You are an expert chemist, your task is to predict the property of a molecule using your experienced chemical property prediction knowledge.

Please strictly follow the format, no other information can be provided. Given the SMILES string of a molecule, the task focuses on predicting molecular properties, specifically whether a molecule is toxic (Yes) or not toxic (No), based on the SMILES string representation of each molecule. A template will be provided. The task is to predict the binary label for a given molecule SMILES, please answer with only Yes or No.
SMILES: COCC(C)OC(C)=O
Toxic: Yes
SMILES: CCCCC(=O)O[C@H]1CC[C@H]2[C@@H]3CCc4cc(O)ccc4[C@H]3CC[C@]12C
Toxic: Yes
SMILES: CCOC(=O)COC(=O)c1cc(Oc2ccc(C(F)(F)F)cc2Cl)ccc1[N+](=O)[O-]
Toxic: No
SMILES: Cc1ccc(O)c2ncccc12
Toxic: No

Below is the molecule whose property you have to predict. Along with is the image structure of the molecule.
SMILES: CC(=O)Nc1ccc2c(c1)Cc1ccccc1-2
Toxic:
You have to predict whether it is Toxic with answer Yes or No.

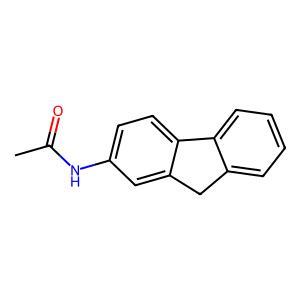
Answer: No